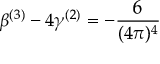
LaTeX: \beta ^ { ( 3 ) } - 4 \gamma ^ { ( 2 ) } = - \frac { 6 } { ( 4 \pi ) ^ { 4 } }